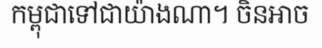
កម្ពុជាទៅជាយ៉ាងណា។ ចិនអាច